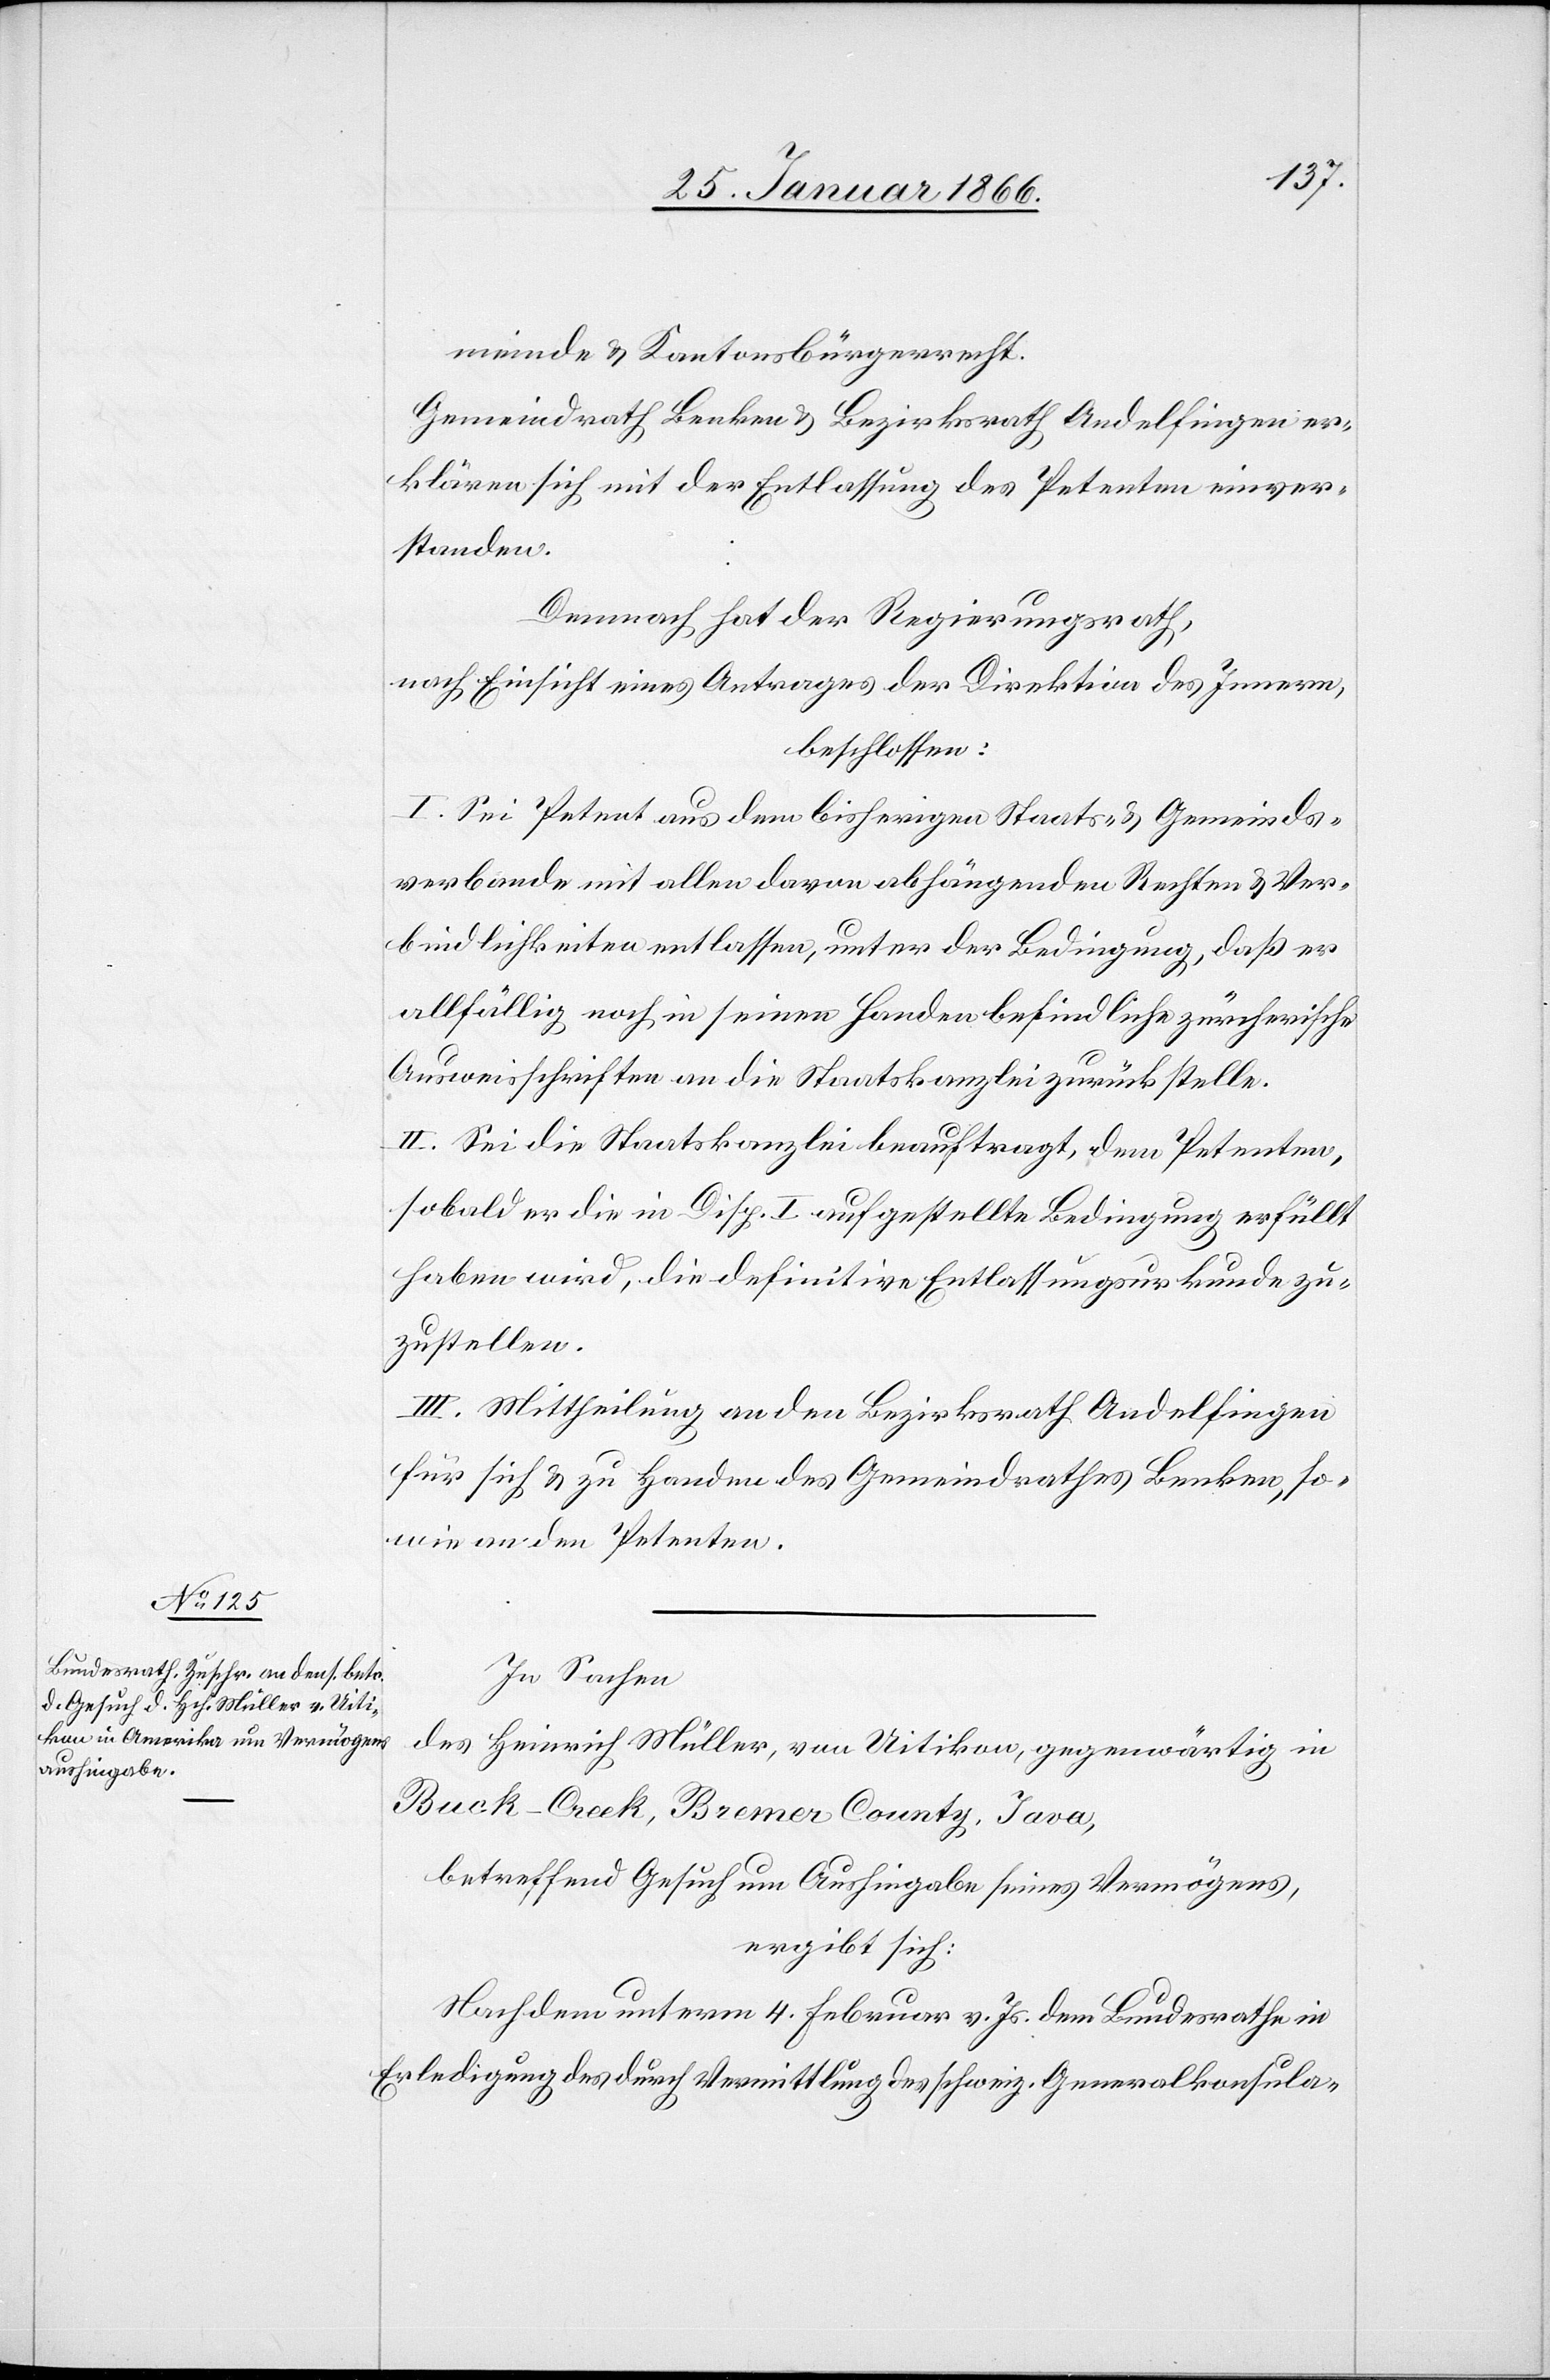
meine u. Kantonsbürgerrecht.
Gemeindrath Benken u. Bezirksrath Andelfingen er¬
klären sich mit der Entlassung des Petenten einver¬
standen.
Demnach hat der Regierungsrath,
nach Einsicht eines Antrages der Direktion des Innern,
beschlossen:
I. Sei Petent aus dem bisherigen Staats- u. Gemeinds¬
verbande mit allen davon abhängenden Rechten u. Ver¬
bindlichkeiten entlassen, unter der Bedingung daß er
allfällig noch in seinen Handen befindliche zürcherische
Ausweisschriften an die Staatskanzlei zurückstelle.
II. Sei die Staatskanzlei beauftragt, dem Petenten,
sobald er die in Disp. I aufgestellte Bedingung erfüllt
haben wird, die definitive Entlassungsurkunde zu¬
zustellen.
III. Mittheilung an den Bezirksrath Andelfingen
für sich u. zu Handen des Gemeindrathes Benken, so¬
wie an den Petenten.
In Sachen
des Heinrich Müller, von Uitikon, gegenwärtig in
Buck-Creek, Bremer County, Iova,
betreffend Gesuch um Aushingabe seines Vermögens,
ergibt sich:
Nach dem unterm 4. Februar v. Js. dem Bundesrathe in
Erledigung des durch Vermittlung des schweiz. Generalkonsula-